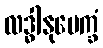
လဒ္ဓါနုပေက္ခံ